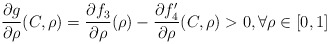
\begin{align*} \frac{\partial g}{\partial \rho}(C,\rho)= \frac{\partial f_3}{\partial \rho}(\rho)- \frac{\partial f^\prime_4}{\partial \rho}(C,\rho)> 0,\forall \rho\in[0,1] \end{align*}